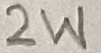
Text: 2W